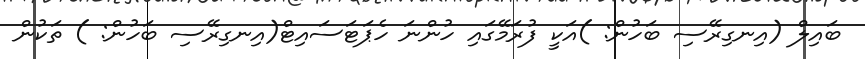
ބައިލް (އިނގިރޭސި ބަހުން: )އަކީ ފުރަމޭގައި ހުންނަ ހެޕަޓަސައިޓް(އިނގިރޭސި ބަހުން: ) ތަކުން